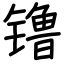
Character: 镥